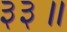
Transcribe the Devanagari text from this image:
३३॥